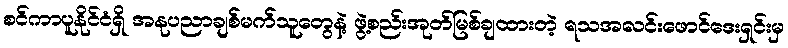
စင်ကာပူနိုင်ငံရှိ အနုပညာချစ်မက်သူတွေနဲ့ ဖွဲ့စည်းအုတ်မြစ်ချထားတဲ့ ရသအလင်းဖောင်ဒေးရှင်းမှ